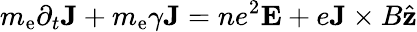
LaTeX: m_{\mathrm{e}}\partial_{t}\textbf{J}+m_{\mathrm{e}}\gamma\textbf{J}=ne^{2}\textbf{E}+e\textbf{J}\times B\hat{\mathbf{z}}